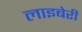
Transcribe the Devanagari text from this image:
लाइबेरी